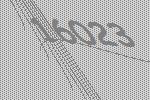
16023